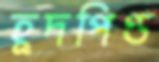
হূদপিণ্ড